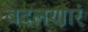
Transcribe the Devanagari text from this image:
बदलणारं